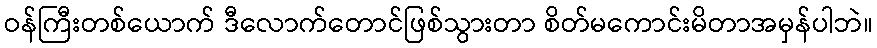
ဝန်ကြီးတစ်ယောက် ဒီလောက်တောင်ဖြစ်သွားတာ စိတ်မကောင်းမိတာအမှန်ပါဘဲ။